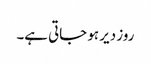
روز دیر ہو جاتی ہے۔